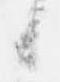
候